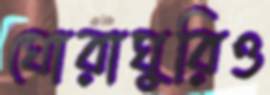
ঘোরাঘুরিও